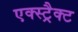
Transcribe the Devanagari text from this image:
एक्स्ट्रैक्ट